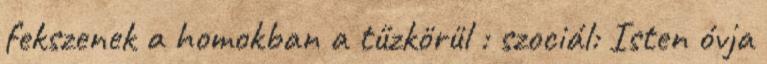
fekszenek a homokban a tűzkörül : szociál: Isten óvja